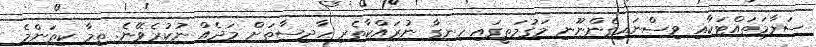
ސަލާމަތައްޓަކާއި ވިސްނައިގެންނޫނި މަގުމަތީގައި ހިނގާ ނުރައްކާތެރި ހާދިސާތަށް މަދެއް ނުކުރެވޭނެ. ތިމާ ކިތަންމެ